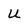
Character: U